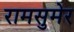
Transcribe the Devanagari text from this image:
रामसुमेर